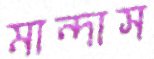
মান্দাস